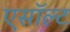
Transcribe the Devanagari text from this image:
एसॉल्ट